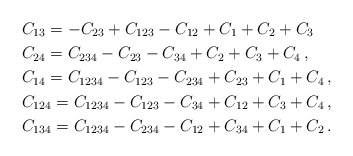
\begin{align*}&C_{13}=-C_{23}+C_{123}-C_{12}+C_1+C_2+C_3\\&C_{24} = C_{234} - C_{23} - C_{34} + C_2 + C_3 + C_4\,,\\&C_{14} = C_{1234} - C_{123} - C_{234} + C_{23} + C_1 + C_4\,,\\&C_{124} =C_{1234} - C_{123} - C_{34} + C_{12} + C_{3} + C_{4}\,,\\&C_{134} = C_{1234} - C_{234} - C_{12} + C_{34} + C_1 + C_2\,.\end{align*}